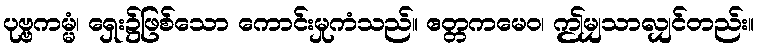
ပုဗ္ဗကမ္မံ၊ ရှေး၌ဖြစ်သော ကောင်းမှုကံသည်။ ဧတ္တကမေဝ၊ ဤမျှသာလျှင်တည်း။